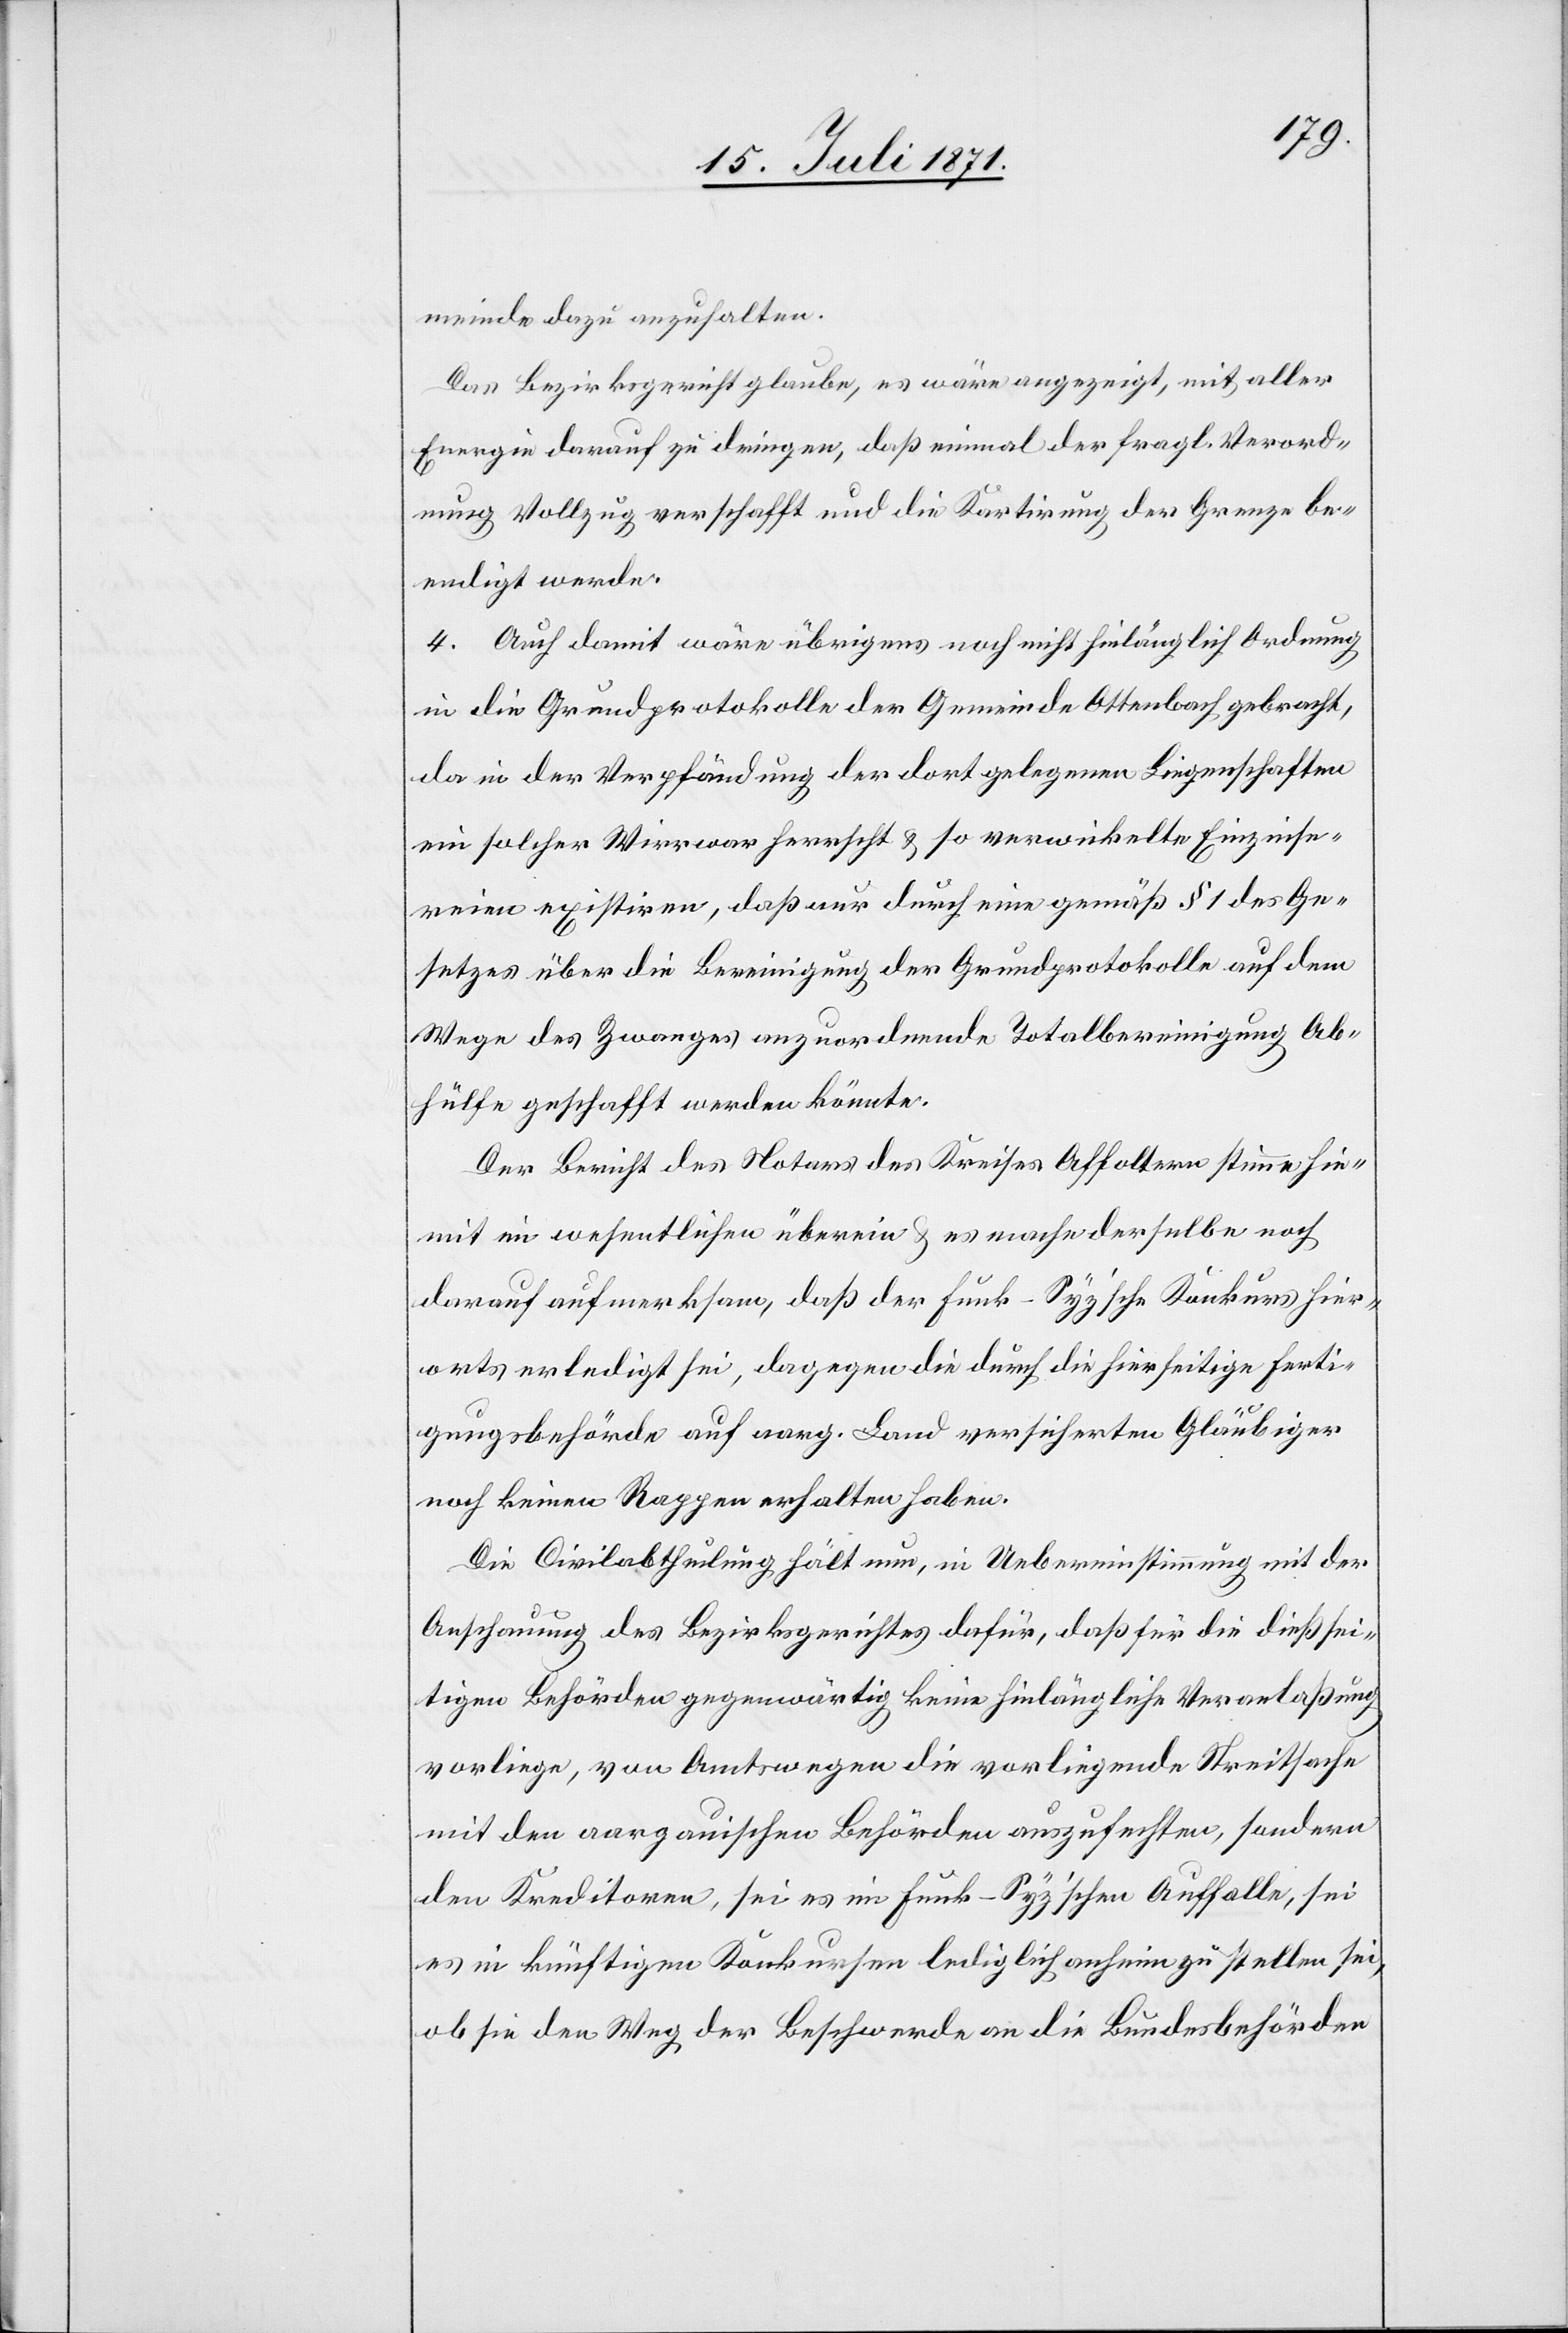
meinde dazu anzuhalten.
Das Bezirksgericht glaube, es wäre angezeigt, mit aller
Energie darauf zu dringen, daß einmal der fragl. Verord¬
nung Vollzug verschafft und die Kartirung der Grenze be¬
endigt werde.
4. Auch damit wäre übrigens noch nicht hinlänglich Ordnung
in die Grundprotokolle der Gemeinde Ottenbach gebracht,
da in der Verpfändung der dort gelegenen Liegenschaften
ein solcher Wirrwar herrscht u. so verwickelte Einzinse¬
reien existiren, daß nur durch eine gemäß § 1 des Ge¬
setzes über die Bereinigung der Grundprotokolle auf dem
Wege des Zwanges anzuordnende Totalbereinigung Ab¬
hülfe geschafft werden könnte.
Der Bericht des Notars des Kreises Affoltern stimme hie¬
mit im wesentlichen überein u. es mache derselbe noch
darauf aufmerksam, daß der Funk-Syz’sche Konkurs hier¬
orts erledigt sei, dagegen die durch die hierseitige Ferti¬
gungsbehörde auf aarg. Land versicherten Gläubiger
noch keinen Rappen erhalten haben.
Die Civilabtheilung hält nun, in Uebereinstimmung mit der
Anschauung des Bezirksgerichtes dafür, daß für die dießsei¬
tigen Behörden gegenwärtig keine hinlängliche Veranlaßung
vorliege, von Amtswegen die vorliegende Streitsache
mit den aargauischen Behörden auszufechten, sondern
den Kreditoren, sei es im Funk-Syz’schen Auffalle, sei
es in künftigen Konkursen lediglich anheim zu stellen sei,
ob sie den Weg der Beschwerde an die Bundesbehörden